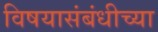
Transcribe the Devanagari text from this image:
विषयासंबंधीच्या